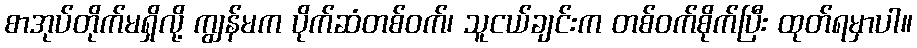
စာအုပ်တိုက်မရှိလို့ ကျွန်မက ပိုက်ဆံတစ်ဝက်၊ သူငယ်ချင်းက တစ်ဝက်စိုက်ပြီး ထုတ်ရမှာပါ။